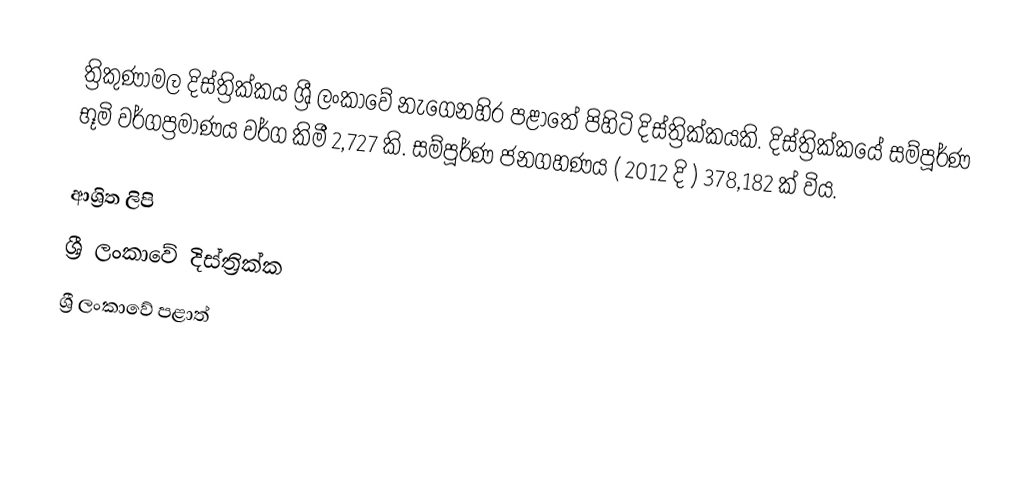
ත්‍රිකුණාමල දිස්ත්‍රික්කය ශ්‍රී ලංකාවේ නැගෙනහිර පළාතේ පිහිටි දිස්ත්‍රික්කයකි. දිස්ත්‍රික්කයේ සම්පූර්ණ භූමි වර්ගප්‍රමාණය වර්ග කිමී 2,727  කි. සම්පූර්ණ ජනගහණය ( 2012 දි ) 378,182 ක් විය.

ආශ්‍රිත ලිපි
ශ්‍රී ලංකාවේ දිස්ත්‍රික්ක
ශ්‍රී ලංකාවේ පළාත්